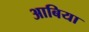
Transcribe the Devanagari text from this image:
आबिया